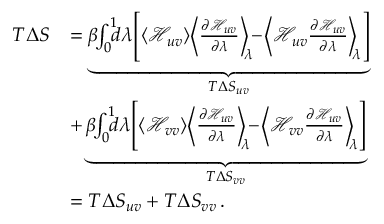
\begin{array} { r l } { T \Delta S } & { = \underbrace { \beta \! \! \int _ { 0 } ^ { 1 } \! \! \! d \lambda \! \left[ \langle \mathcal { H } _ { u v } \rangle \! \left\langle \frac { \partial \mathcal { H } _ { u v } } { \partial \lambda } \right\rangle _ { \! \! \lambda } \! \! - \! \left\langle \mathcal { H } _ { u v } \frac { \partial \mathcal { H } _ { u v } } { \partial \lambda } \right\rangle _ { \! \! \lambda } \right] } _ { T \Delta S _ { u v } } } \\ & { + \underbrace { \beta \! \! \int _ { 0 } ^ { 1 } \! \! \! d \lambda \! \left[ \langle \mathcal { H } _ { v v } \rangle \! \left\langle \frac { \partial \mathcal { H } _ { u v } } { \partial \lambda } \right\rangle _ { \! \! \lambda } \! \! - \! \left\langle \mathcal { H } _ { v v } \frac { \partial \mathcal { H } _ { u v } } { \partial \lambda } \right\rangle _ { \! \! \lambda } \right] } _ { T \Delta S _ { v v } } } \\ & { = T \Delta S _ { u v } + T \Delta S _ { v v } \, . } \end{array}